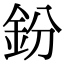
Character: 鈖